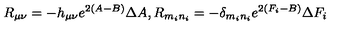
R _ { \mu \nu } = - h _ { \mu \nu } e ^ { 2 ( A - B ) } \Delta A , R _ { m _ { i } n _ { i } } = - \delta _ { m _ { i } n _ { i } } e ^ { 2 ( F _ { i } - B ) } \Delta F _ { i }